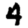
Digit: 4